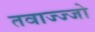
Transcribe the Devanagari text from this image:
तवाज्ज्जो